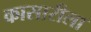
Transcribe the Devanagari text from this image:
कासारीला